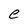
Character: e